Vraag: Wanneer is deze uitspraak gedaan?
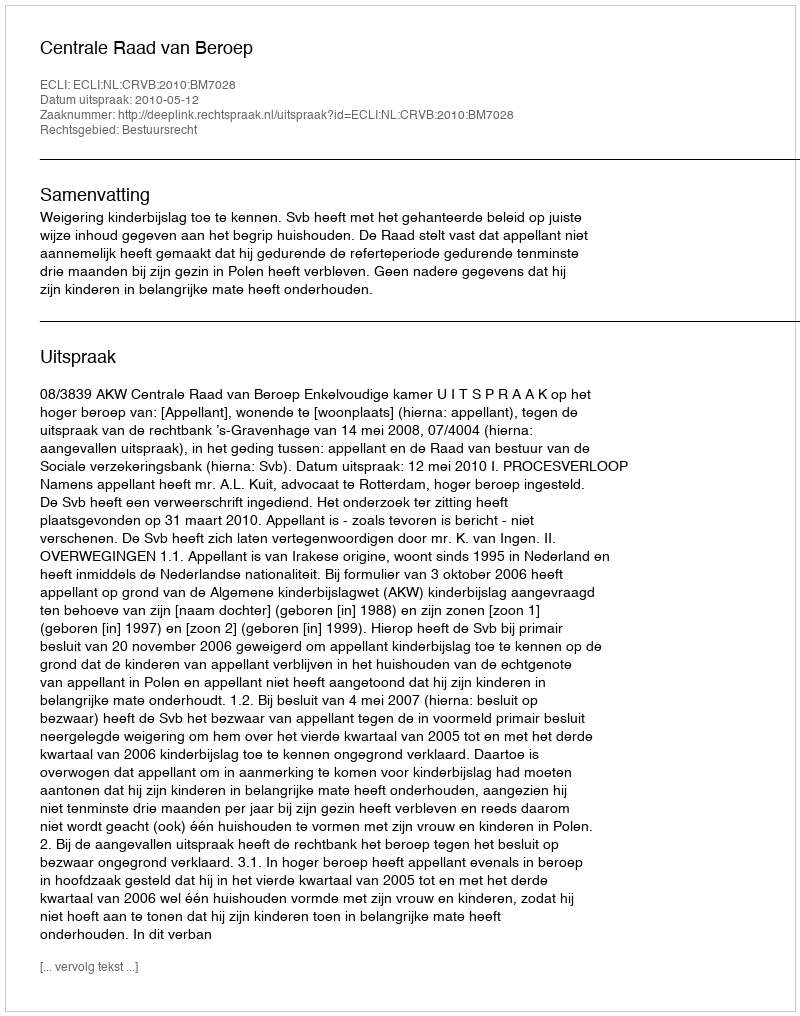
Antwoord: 2010-05-12